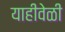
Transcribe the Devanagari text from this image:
याहीवेळी